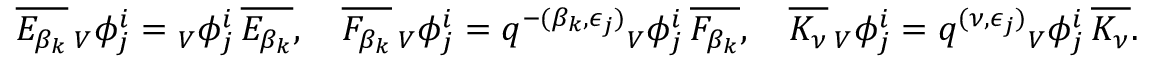
\overline { { E _ { \beta _ { k } } } } \, { _ V \phi _ { j } ^ { i } } = { _ V \phi _ { j } ^ { i } } \, \overline { { E _ { \beta _ { k } } } } , \quad \overline { { F _ { \beta _ { k } } } } \, { _ V \phi _ { j } ^ { i } } = q ^ { - ( \beta _ { k } , \epsilon _ { j } ) } { _ V \phi _ { j } ^ { i } } \, \overline { { F _ { \beta _ { k } } } } , \quad \overline { { K _ { \nu } } } \, { _ V \phi _ { j } ^ { i } } = q ^ { ( \nu , \epsilon _ { j } ) } { _ V \phi _ { j } ^ { i } } \, \overline { { K _ { \nu } } } .